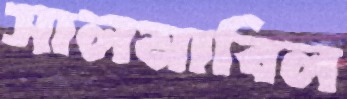
সালমাবিল